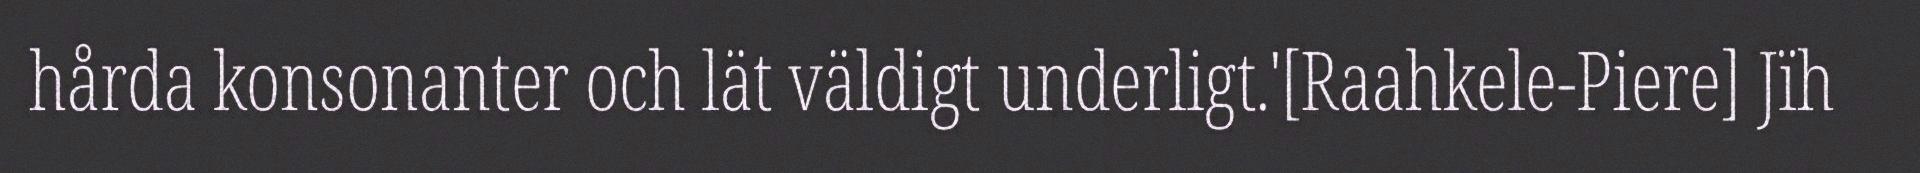
hårda konsonanter och lät väldigt underligt.'[Raahkele-Piere] Jïh